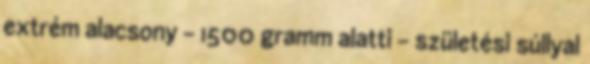
extrém alacsony – 1500 gramm alatti – születési súllyal